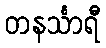
တနင်္သာရီ